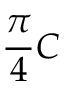
{ \frac { \pi } { 4 } } C \,